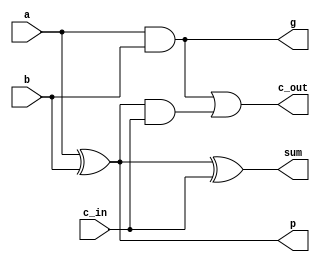
`timescale 1ns / 1ps

////////////////////////////////////
//Jake Bezold and Paul Brodhead 2018
////////////////////////////////////

module fullAdder(
    input a,
    input b,
    input c_in,
    output p,
    output g,
    output sum,
    output c_out
    );
    
    wire s1;
    
    assign p     = a ^ b;
    assign g     = a & b;
    assign sum   = p ^ c_in;
    assign s1    = p & c_in;
    assign c_out = g | s1;
    
endmodule

module twoBitLookAhead(
    input [1:0] a,
    input [1:0] b,
    input c_in,
    output [1:0] sum,
    output c_out
    );
    
    wire p0, g0, p1, g1, c_temp, c1;
    
    fullAdder FA0(a[0], b[0], c_in, p0, g0, sum[0], c_temp);
    assign c1 = g0 | (p0 & c_in);
    fullAdder FA1(a[1], b[1], c1, p1, g1, sum[1], c_temp);
    assign c_out = g1 | (p1 & g0) | (p1 & p0 & c_in);
    
endmodule

module carryLookAhead(
    input [63:0] a,
    input [63:0] b,
    input c_in,
    output [63:0] sum,
    output c_out
    );
    wire c1, c2, c3, c4, c5, c6, c7, c8, c9, c10, c11, c12, c13, c14, c15, c16, c17, c18, c19, c20, c21, c22, c23, c24, c25, c26, c27, c28, c29, c30, c31;
    
    twoBitLookAhead A0(a[1:0], b[1:0], c_in, sum[1:0], c1);
    twoBitLookAhead A1(a[3:2], b[3:2], c1, sum[3:2], c2);
    twoBitLookAhead A2(a[5:4], b[5:4], c2, sum[5:4], c3);
    twoBitLookAhead A3(a[7:6], b[7:6], c3, sum[7:6], c4);
    twoBitLookAhead A4(a[9:8], b[9:8], c4, sum[9:8], c5);
    twoBitLookAhead A5(a[11:10], b[11:10], c5, sum[11:10], c6);
    twoBitLookAhead A7(a[13:12], b[13:12], c6, sum[13:12], c7);
    twoBitLookAhead A8(a[15:14], b[15:14], c7, sum[15:14], c8);
    twoBitLookAhead A9(a[17:16], b[17:16], c8, sum[17:16], c9);
    twoBitLookAhead A10(a[19:18], b[19:18], c9, sum[19:18], c10);
    twoBitLookAhead A11(a[21:20], b[21:20], c10, sum[21:20], c11);
    twoBitLookAhead A12(a[23:22], b[23:22], c11, sum[23:22], c12);
    twoBitLookAhead A13(a[25:24], b[25:24], c12, sum[25:24], c13);
    twoBitLookAhead A14(a[27:26], b[27:26], c13, sum[27:26], c14);
    twoBitLookAhead A15(a[29:28], b[29:28], c14, sum[29:28], c15);
    twoBitLookAhead A16(a[31:30], b[31:30], c15, sum[31:30], c16);    
    twoBitLookAhead A17(a[33:32], b[33:32], c16, sum[33:32], c17);
    twoBitLookAhead A18(a[35:34], b[35:34], c17, sum[35:34], c18);
    twoBitLookAhead A19(a[37:36], b[37:36], c18, sum[37:36], c19);
    twoBitLookAhead A20(a[39:38], b[39:38], c19, sum[39:38], c20);
    twoBitLookAhead A21(a[41:40], b[41:40], c20, sum[41:40], c21);
    twoBitLookAhead A22(a[43:42], b[43:42], c21, sum[43:42], c22);
    twoBitLookAhead A23(a[45:44], b[45:44], c22, sum[45:44], c23);
    twoBitLookAhead A24(a[47:46], b[47:46], c23, sum[47:46], c24);
    twoBitLookAhead A25(a[49:48], b[49:48], c24, sum[49:48], c25);
    twoBitLookAhead A26(a[51:50], b[51:50], c25, sum[51:50], c26);
    twoBitLookAhead A27(a[53:52], b[53:52], c26, sum[53:52], c27);
    twoBitLookAhead A28(a[55:54], b[55:54], c27, sum[55:54], c28);
    twoBitLookAhead A29(a[57:56], b[57:56], c28, sum[57:56], c29);
    twoBitLookAhead A30(a[59:58], b[59:58], c29, sum[59:58], c30);
    twoBitLookAhead A31(a[61:60], b[61:60], c30, sum[61:60], c31);
    twoBitLookAhead A32(a[63:62], b[63:62], c31, sum[63:62], c_out);
 
endmodule